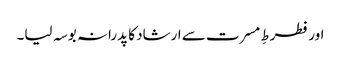
اور فطرطِ مسرت سے ارشاد کا پدرانہ بوسہ لیا۔